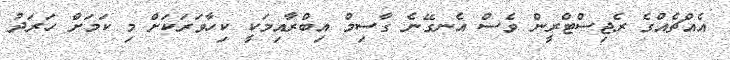
އެއްޗެއްގެ ރެޖިސްޓްރީން ވެސް އެނގޭނެ ގާސިމް އިބްރާއިމަކީ ކިހާވަރަކަށް މި ކަމަށް ހަރަދު